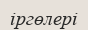
іргөлері